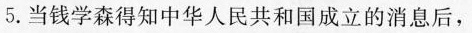
5.当钱学森得知中华人民共和国成立的消息后，